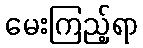
မေးကြည့်ရာ